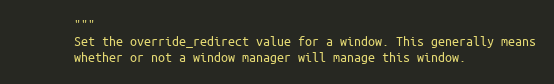
Language: Python
        """
        Set the override_redirect value for a window. This generally means
        whether or not a window manager will manage this window.